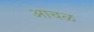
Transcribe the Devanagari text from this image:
आचळ